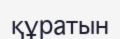
құратын